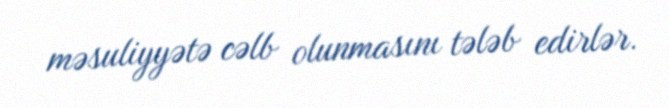
məsuliyyətə cəlb olunmasını tələb edirlər.